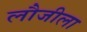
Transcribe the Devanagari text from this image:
लौजीला